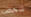
شخص